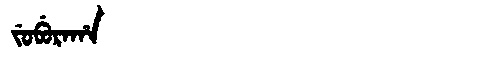
Manchu: ᠵᡠᠪᡠᡵᠠᡥᠠ
Romanization: JUBURAHA